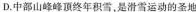
D.中部山峰峰顶终年积雪，是滑雪运动的圣地